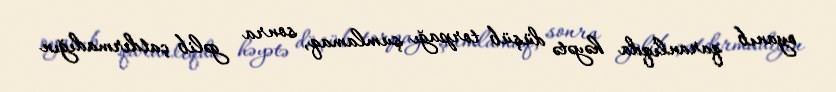
oyanıb qaranlıqda həyətə düşüb torpağı şumlamaq, sonra gəlib çatdırmadığın